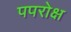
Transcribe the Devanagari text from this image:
पपरोक्ष